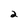
Character: 2